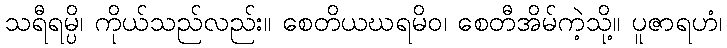
သရီရမ္ပိ၊ ကိုယ်သည်လည်း။ စေတိယဃရမိဝ၊ စေတီအိမ်ကဲ့သို့။ ပူဇာရဟံ၊